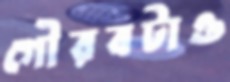
গৌরবটাও